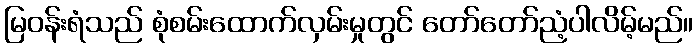
မြဝန်းရံသည် စုံစမ်းထောက်လှမ်းမှုတွင် တော်တော်ညံ့ပါလိမ့်မည်။